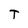
Character: T